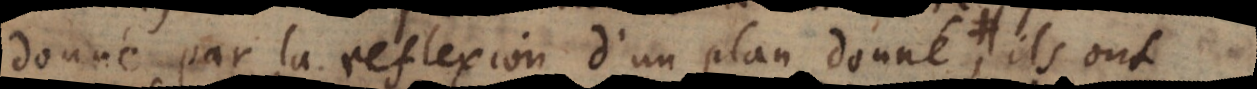
donné par la reflexion d’un plan donné, ils ont